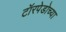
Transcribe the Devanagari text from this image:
टॉरपेडोच्या